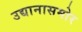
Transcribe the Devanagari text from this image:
उद्यानासमोर